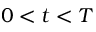
0 < t < T